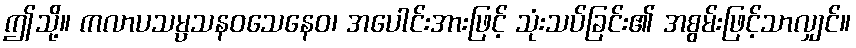
ဤသို့။ ကလာပသမ္ပသနဝသေနေဝ၊ အပေါင်းအားဖြင့် သုံးသပ်ခြင်း၏ အစွမ်းဖြင့်သာလျှင်။